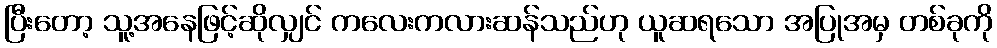
ပြီးတော့ သူ့အနေဖြင့်ဆိုလျှင် ကလေးကလားဆန်သည်ဟု ယူဆရသော အပြုအမှ တစ်ခုကို